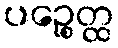
ပဉ္စေတ္ထ